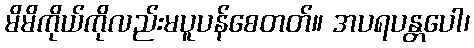
မိမိကိုယ်ကိုလည်းမပူပန်စေတတ်။ အပရပန္တပေါ၊